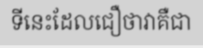
ទីនេះដែលជឿថាវាគឺជា